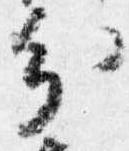
分